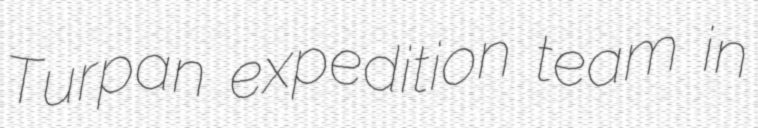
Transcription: Turpan expedition team in